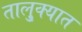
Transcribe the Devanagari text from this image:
तालु्क्यात